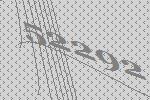
52292